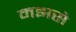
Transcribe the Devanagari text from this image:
मझसे